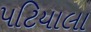
પટિયાલા